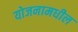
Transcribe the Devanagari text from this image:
योजनामधील